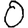
Digit: 0